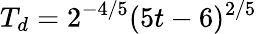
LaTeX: T_{d}=2^{-4/5}(5t-6)^{2/5}